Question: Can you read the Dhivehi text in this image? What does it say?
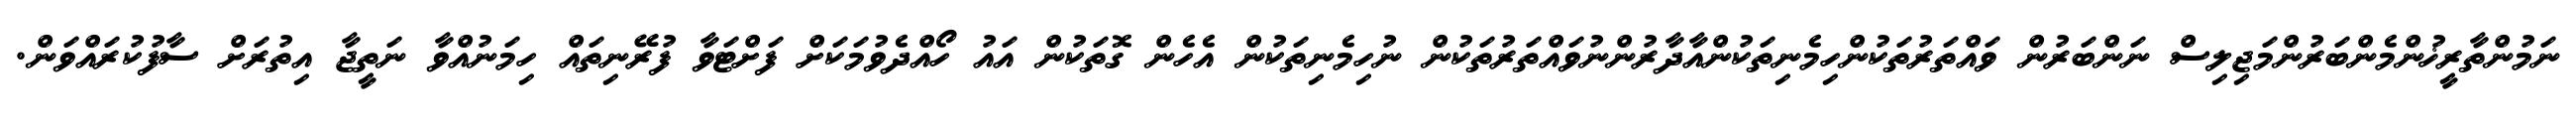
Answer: ނަމުންތާރީޚުންމެންބަރުންމަޖިލިސް ނަންބަރުން ވައްތަރުތަކުންހިމެނިތަކުންއާދާރުންނުވައްތަރުތަކުން ނުހިމެނިތަކުން އެހެން ގޮތަކުން އައު ހޯއްދެވުމަކަށް ފަށްޓަވާ ފުރޭނިތައް ހިމަނުއްވާ ނަތީޖާ އިތުރަށް ސާފުކުރައްވަން.